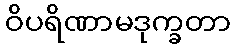
ဝိပရိဏာမဒုက္ခတာ